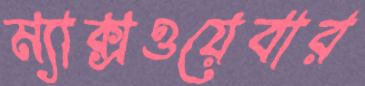
ম্যাক্সওয়েবার